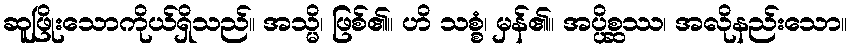
ဆူဖြိုးသောကိုယ်ရှိသည်။ အသ္မိ၊ ဖြစ်၏။ ဟိ သစ္စံ၊ မှန်၏။ အပ္ပိစ္ဆဿ၊ အလိုနည်းသော။